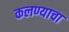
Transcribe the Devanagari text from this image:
कलण्याचा